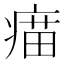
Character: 𤸠